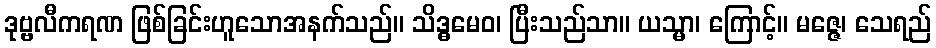
ဒုဗ္ဗလီကရဏ ဖြစ်ခြင်းဟူသောအနက်သည်။ သိဒ္ဓမေဝ၊ ပြီးသည်သာ။ ယသ္မာ၊ ကြောင့်။ မဇ္ဇေ၊ သေရည်